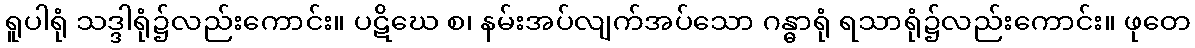
ရူပါရုံ သဒ္ဒါရုံ၌လည်းကောင်း။ ပဋိဃေ စ၊ နမ်းအပ်လျက်အပ်သော ဂန္ဓာရုံ ရသာရုံ၌လည်းကောင်း။ ဖုတေ